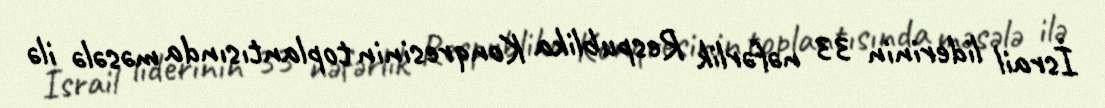
İsrail liderinin 33 nəfərlik Respublika Konqresinin toplantısında məsələ ilə